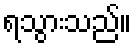
ရသွားသည်။